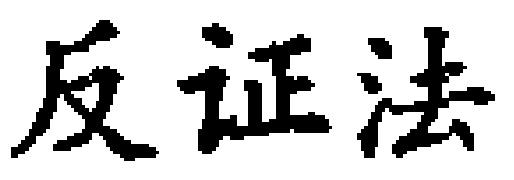
反证法